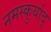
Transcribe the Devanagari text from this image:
नमस्कुर्याद्